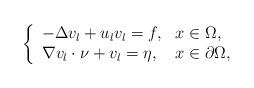
LaTeX: \begin{align*} \left\{\begin{array}{ll} -\Delta v_{l}+u_{l}v_{l}=f, &x\in\Omega,\\ \nabla v_{l}\cdot \nu+v_{l}= \eta, &x\in\partial\Omega,\end{array}\right.\end{align*}